Report on vaccination in Madras 1895-1903 - 1895-1903
Year: 1895
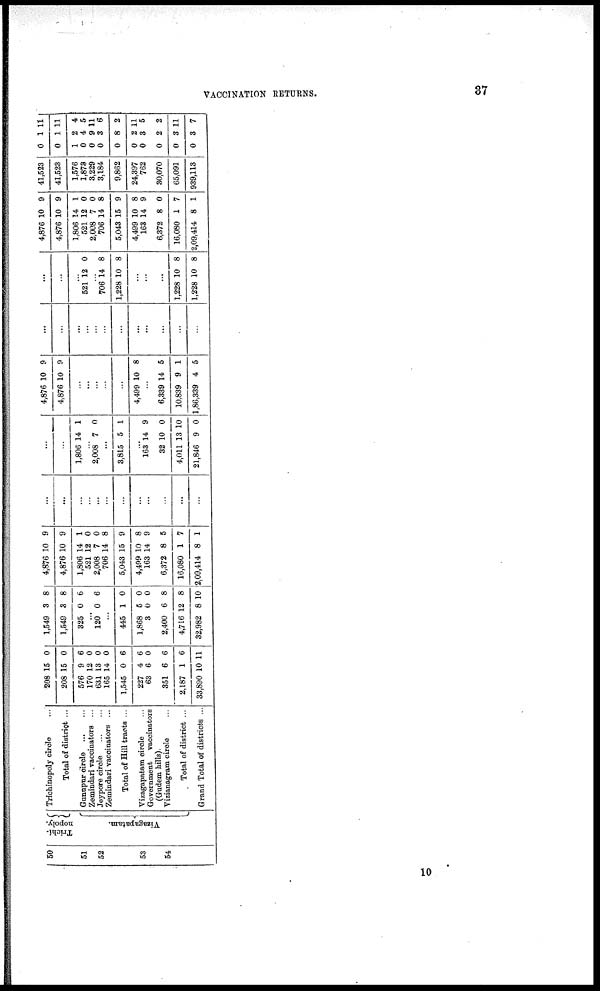
VACCINATION RETURNS.
37
50
51
52
53
54
Trichi-
nopoly.
Vizagapatam.
Trichinopoly circle ...
Total of district ...
Gunupur circle
...
...
Zemindari vaccinators ...
Jeypore circle
...
...
Zemindari vaccinators ...
Total of Hill tracts ...
Vizagapatam circle ...
Government vaccinators
(Gudem hills).
Vizianagram circle ...
Total of district ...
Grand Total of districts ...
208
208
576
170
631
165
1,545
227
63
351
2,187
33,890
15
15
9
12
13
14
0
4
6
6
1
10
0
0
6
0
0
0
6
6
0
6
6
11
1,549
1,549
325
3
3
0
8
8
6
...
120 0 6
...
445
1,868
3
2,400
4,716
32,982
1
5
0
6
12
8
0
0
0
8
8
10
4,876
4,876
1,806
521
2,008
706
5,043
4,499
163
6,372
16,080
2,09,414
10
10
14
12
7
14
15
10
14
8
1
8
9
9
1
0
0
8
9
8
9
5
7
1
...
...
...
...
...
...
...
...
...
...
...
...
...
...
1,806 14 1
...
2,008 7 0
...
3,815 5 1
...
163
32
4,011
21,846
14
10
13
9
9
0
10
0
4,876
4,876
10
10
9
9
...
...
...
...
...
4,499 10 8
...
6,339
10,839
1,86,339
14
9
4
5
1
5
...
...
...
...
...
...
...
...
...
...
...
...
...
...
...
521 12 0
...
706
1,228
14
10
8
8
...
...
...
1,228
1,228
10
10
8
8
4,876
4,876
1,806
521
2,008
706
5,043
4,499
163
6,372
16,080
2,09,414
10
10
14
12
7
14
15
10
14
8
1
8
9
9
1
0
0
8
9
8
9
0
7
1
41,523
41,523
1,576
1,873
3,229
3,184
9,862
24,397
762
30,070
65,091
939,113
0
0
1
0
0
0
0
0
0
0
0
0
1
1
2
4
9
3
8
2
3
2
3
3
11
11
4
5
11
6
2
11
5
2
11
7
10